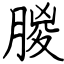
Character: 朡